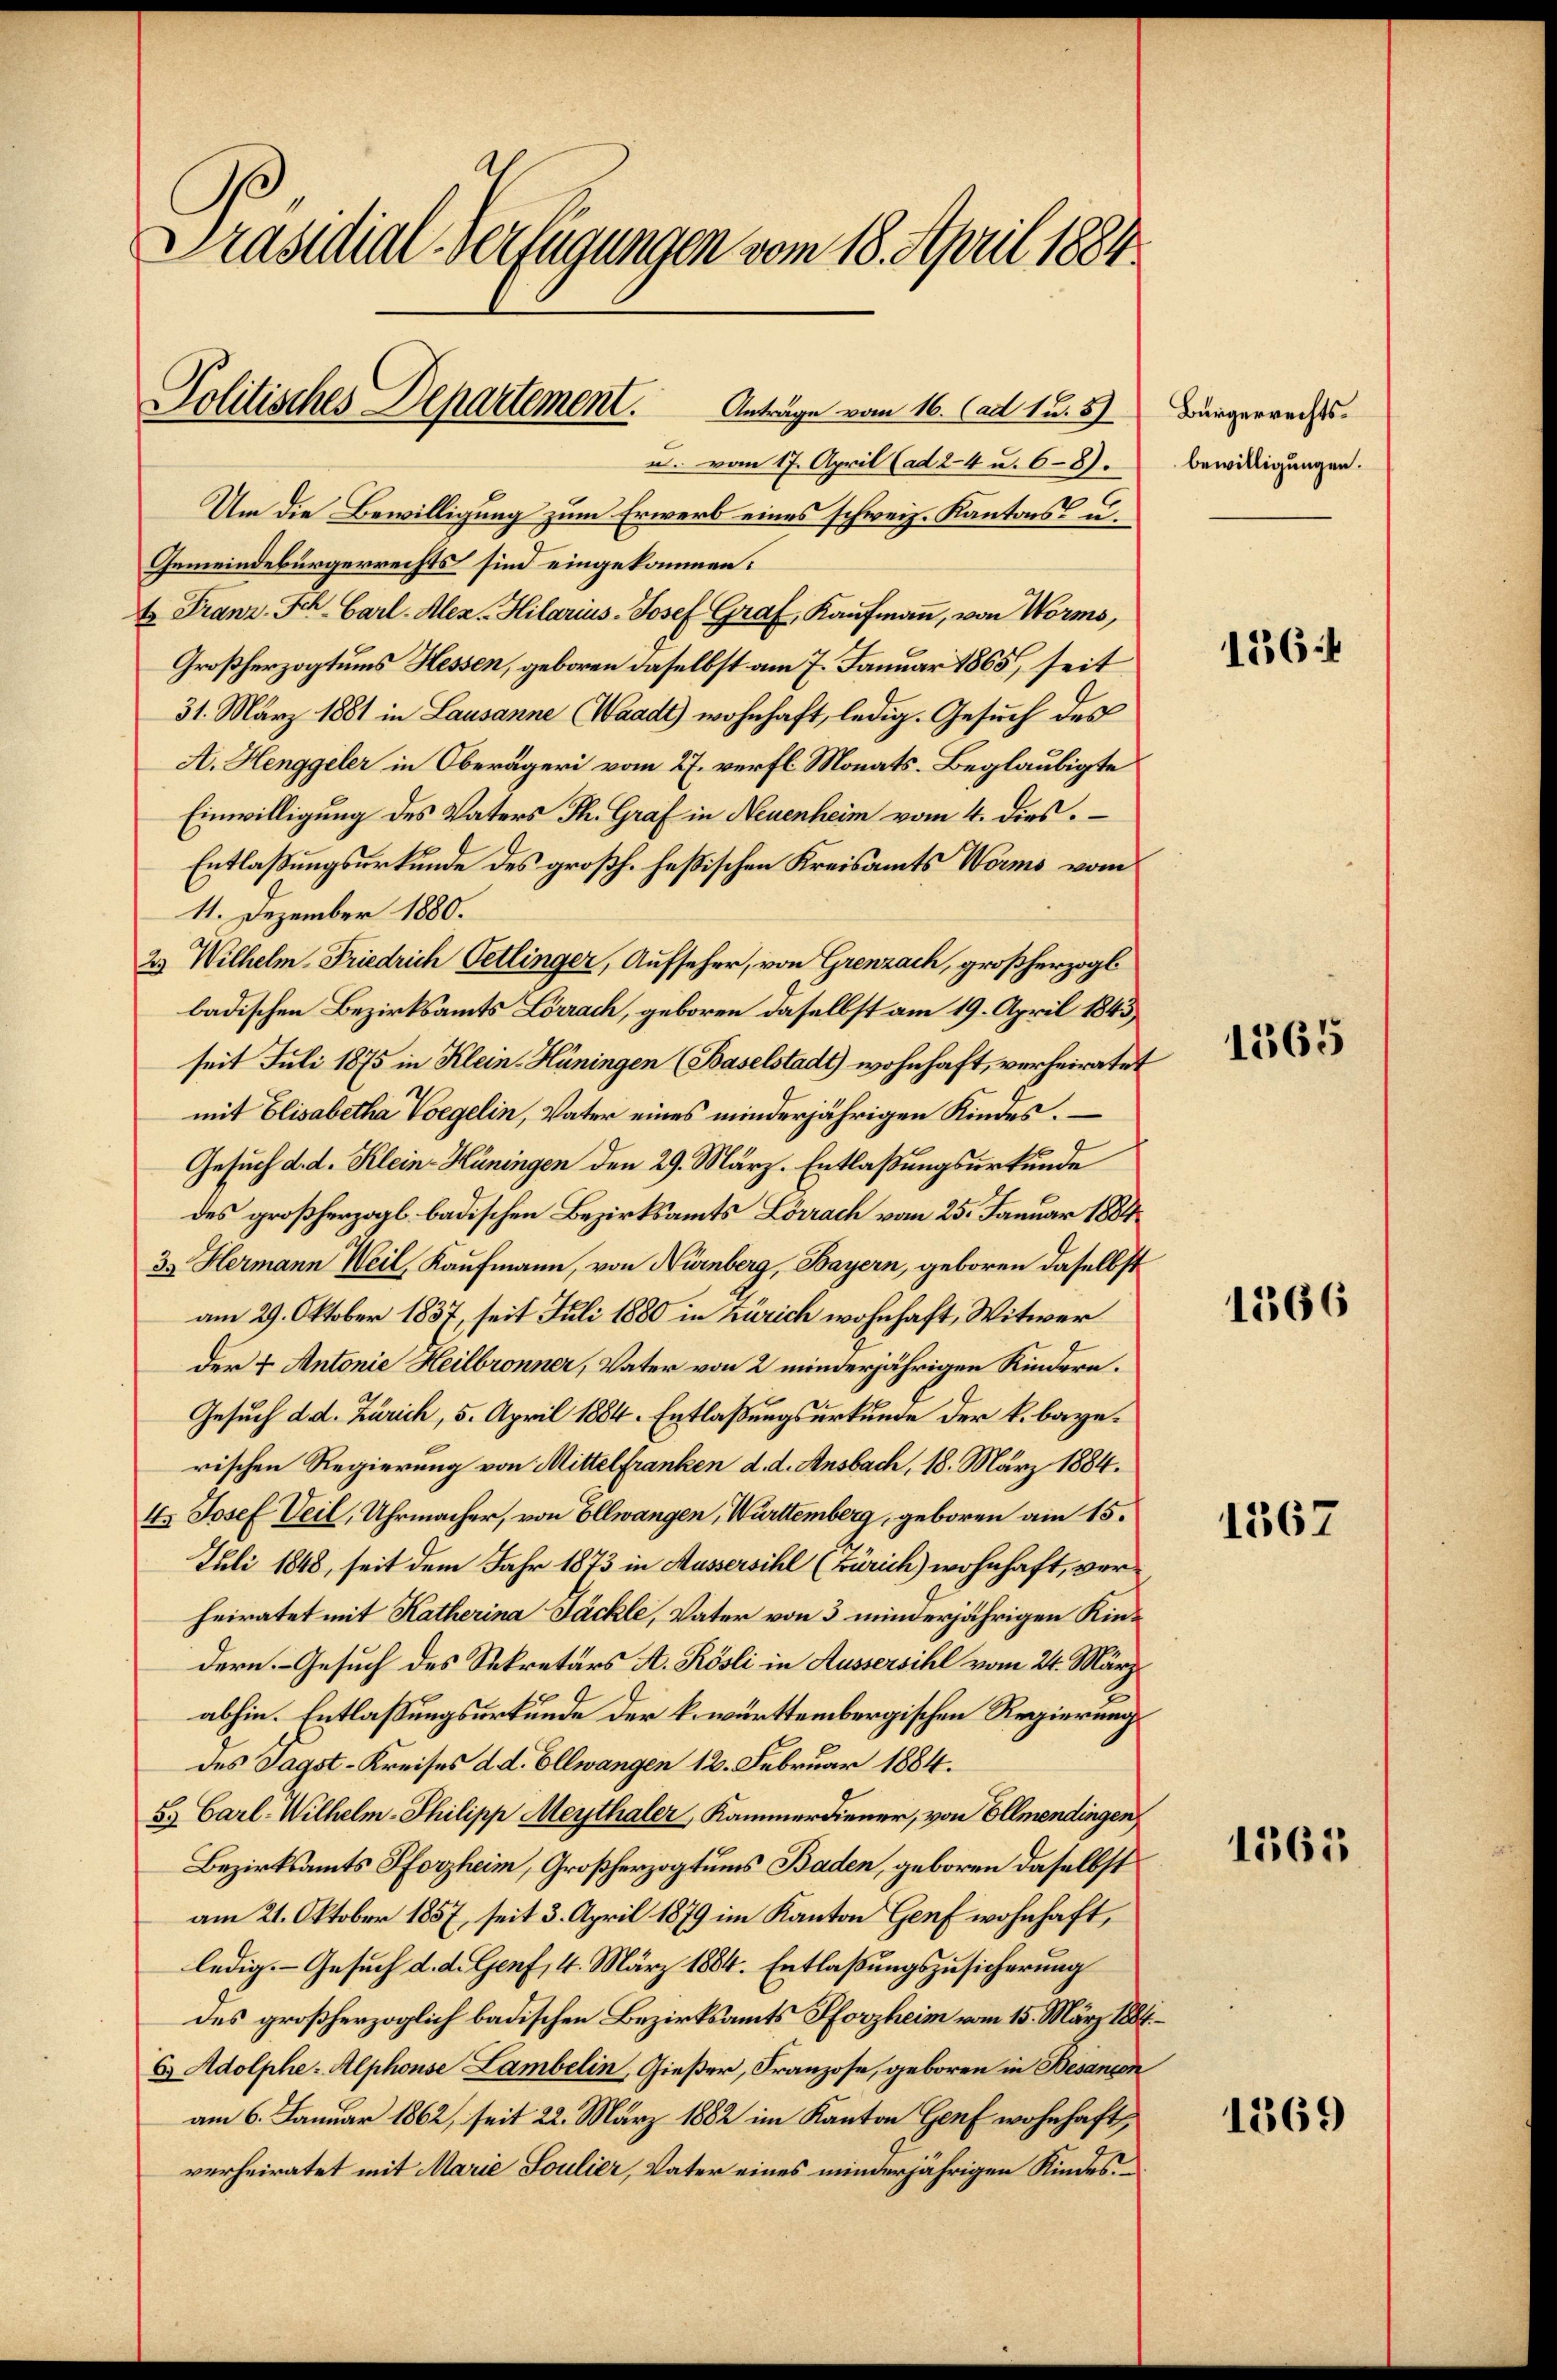
Präsidial-Verfügungen vom 18. April 1884

Politisches Departement. Anträge vom 16. Cadt 12. 57 Bürgerrechts¬

u. vom 17. April (ad 24 u. 6-8).
Um die Bewilligung zum Erwerb eines schweiz. Kantons u.
Gemeindebürgerrechts sind eingekommen:
4. Franz. Sch. Carl. Alex-Hilarius Josef Graf, Kaufmann, von Worms,
Großherzogtums Hessen, geboren daselbst am 7. Januar 1865, seit
31. März 1881 in Lausanne (Waadt) wohnhaft, ledig. Gesuch des
A. Henggeler in Oberägeri vom 27. verfl Monats-Beglaubigte
Einwilligung des Vaters Th. Graf in Neuenheim vom 4. dies
Entlaßungsurkunde des großh. Heßischen Kreisamts Worms vom
11. Dezember 1880.
23 Wilhelm Friedrich Petlinger, Aufseher, von Grenzach, großherzogl.
badischen Bezirksamts Lörrach, geboren daselbst am 19. April 1843
seit Juli 1875 in Klein-Hüningen (Baselstadt) wohnhaft, verheiratet
mit Elisabetha Vorgelin, Vater eines minderjährigen Kindes.
Gesuch d. d. Klein-Hüningen den 29. März. Entlaßungsurkunde
des großherzogl. badischen Bezirksamts Lörrach vom 25. Januar 1884
33. Hermann Weil, Kaufmann, von Nürnberg, Bayern, geboren daselbst
am 29. Oktober 1837, seit Juli 1880 in Zürich wohnhaft, Witwer
der 4. Antonie Heilbronner, Vater von 2 minderjährigen Kindern.
Gesuch d. d. Zürich, 5. April 1884. Entlaßungsurkunde der k. baye.
rischen Regierung von Mittelfranken d. d. Ansbach, 18. März 1884.
4. Josef Veil, Uhrmacher, von Ellwangen, Württemberg, geboren am 15.
Juli 1848, seit dem Jahr 1873 in Aussersihl (Zürich) wohnhaft, verheiratet mit Katherina Jäckle, Vater von 3 minderjährigen Kindern - Gesuch des Sekretärs A. Rösli in Aussersihl vom 24. März
abhin. Entlaßungsurkunde der k. württembergischen Regierung
des Sagst-Kreises d. d. Ellwangen 12. Februar 1884.
5. Carl-Wilhelm-Philipp Meythaler, Kammerdiener, von Ellmendingen,
Bezirksamts Pforzheim, Großherzogtums Baden, geboren daselbst
am 21. Oktober 1857, seit 3. April 1879 im Kanton Genf wohnhaft,
ledig. Gesuch d. d. Genf, 4. März 1884. Entlaßungszusicherung
des großherzoglich badischen Bezirksamts Pforzheim vom 15. März 1884.
6 Adolphe-Alphose Lambelin, Gießer, Franzose, geboren in Besançon
am 6. Januar 1862, seit 22. März 1882 im Kanton Genf wohnhaft,
verheiratet mit Marie Soulier, Vater eines minderjährigen Kindes.

bewilligungen.

156:

1565

1366

1567

1361

1369